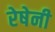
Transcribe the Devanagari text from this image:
रेषेनी